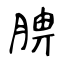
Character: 腗